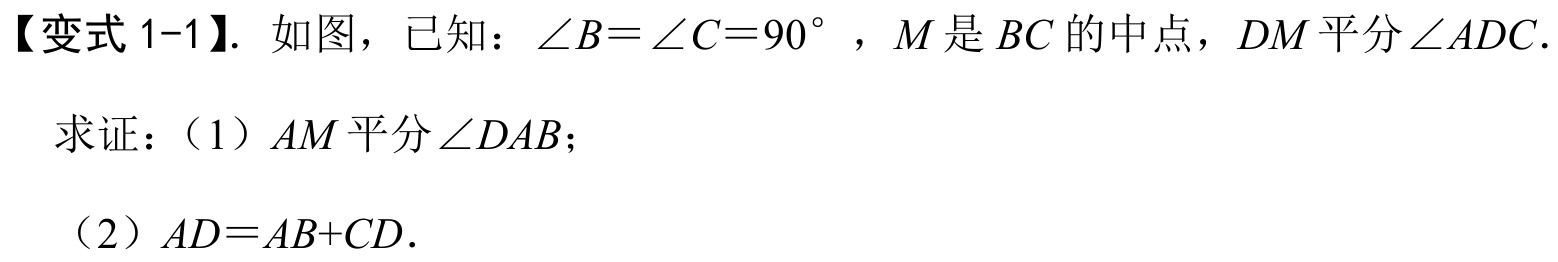
【变式1-1】. 如图，已知：$\angle B = \angle C = 90^{\circ }$，$M$是$BC$的中点，$DM$平分$\angle ADC$.
求证：（1）$AM$平分$\angle DAB$；
（2）$AD = AB + CD$.